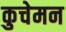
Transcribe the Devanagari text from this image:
कुचेमन